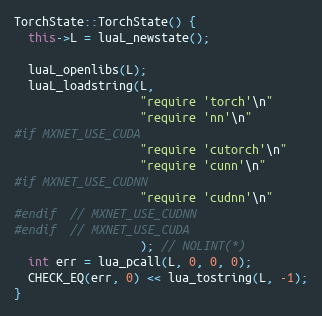
Language: C++
TorchState::TorchState() {
  this->L = luaL_newstate();

  luaL_openlibs(L);
  luaL_loadstring(L,
                  "require 'torch'\n"
                  "require 'nn'\n"
#if MXNET_USE_CUDA
                  "require 'cutorch'\n"
                  "require 'cunn'\n"
#if MXNET_USE_CUDNN
                  "require 'cudnn'\n"
#endif  // MXNET_USE_CUDNN
#endif  // MXNET_USE_CUDA
                  ); // NOLINT(*)
  int err = lua_pcall(L, 0, 0, 0);
  CHECK_EQ(err, 0) << lua_tostring(L, -1);
}